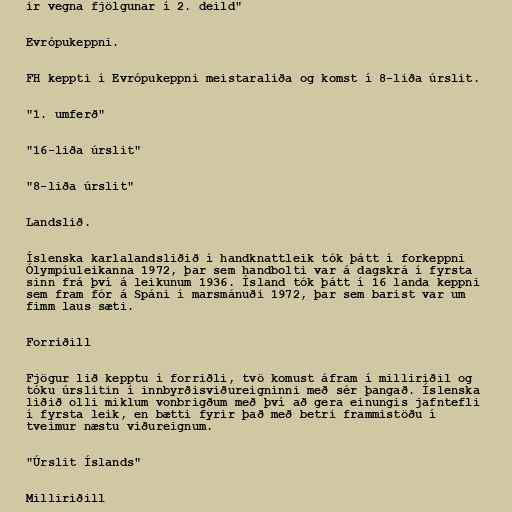
ir vegna fjölgunar í 2. deild"

Evrópukeppni.

FH keppti í Evrópukeppni meistaraliða og komst í 8-liða úrslit.

"1. umferð"

"16-liða úrslit"

"8-liða úrslit"

Landslið.

Íslenska karlalandsliðið í handknattleik tók þátt í forkeppni
Ólympíuleikanna 1972, þar sem handbolti var á dagskrá í fyrsta
sinn frá því á leikunum 1936. Ísland tók þátt í 16 landa keppni
sem fram fór á Spáni í marsmánuði 1972, þar sem barist var um
fimm laus sæti.

Forriðill

Fjögur lið kepptu í forriðli, tvö komust áfram í milliriðil og
tóku úrslitin í innbyrðisviðureigninni með sér þangað. Íslenska
liðið olli miklum vonbrigðum með því að gera einungis jafntefli
í fyrsta leik, en bætti fyrir það með betri frammistöðu í
tveimur næstu viðureignum.

"Úrslit Íslands"

Milliriðill